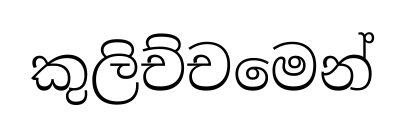
කුලිච්චමෙන්